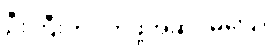
ဦးကြီးက လာဖို့အဆင်မပြေ။